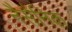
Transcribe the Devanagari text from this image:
नैसैनिक